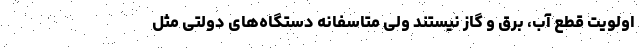
اولویت قطع آب، برق و گاز نیستند ولی متاسفانه دستگاه‌های دولتی مثل